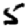
Digit: 5